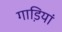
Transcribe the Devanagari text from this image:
गाडि़यां